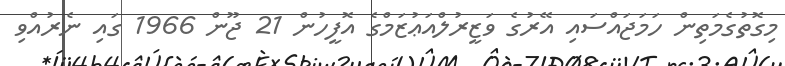
މިގޮތުގެމަތިން ހަމަޖައްސައި އޭރުގެ ވަޒީރުލްއަޢުޒަމްގެ އޮފީހުން 21 ޖޫން 1966 ގައި ނެރުއްވި